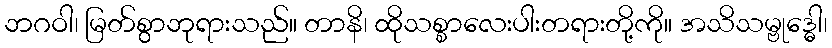
ဘဂဝါ၊ မြတ်စွာဘုရားသည်။ တာနိ၊ ထိုသစ္စာလေးပါးတရားတို့ကို။ အသိသမ္ဗုဒ္ဓေါ၊